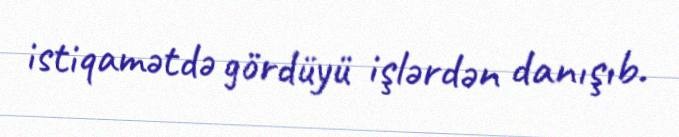
istiqamətdə gördüyü işlərdən danışıb.